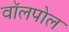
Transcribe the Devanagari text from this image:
वॉलपोल